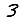
Digit: 3